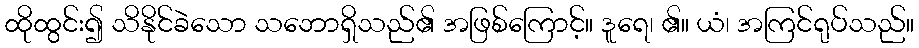
ထိုထွင်း၍ သိနိုင်ခဲသော သဘောရှိသည်၏ အဖြစ်ကြောင့်။ ဒူရေ၊ ၏။ ယံ၊ အကြင်ရုပ်သည်။